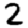
Digit: 2